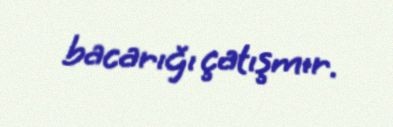
bacarığı çatışmır.